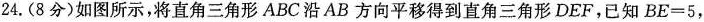
24.(8分)如图所示，将直角三角形ABC沿AB方向平移得到直角三角形DEF，已知$$B E = 5$$，